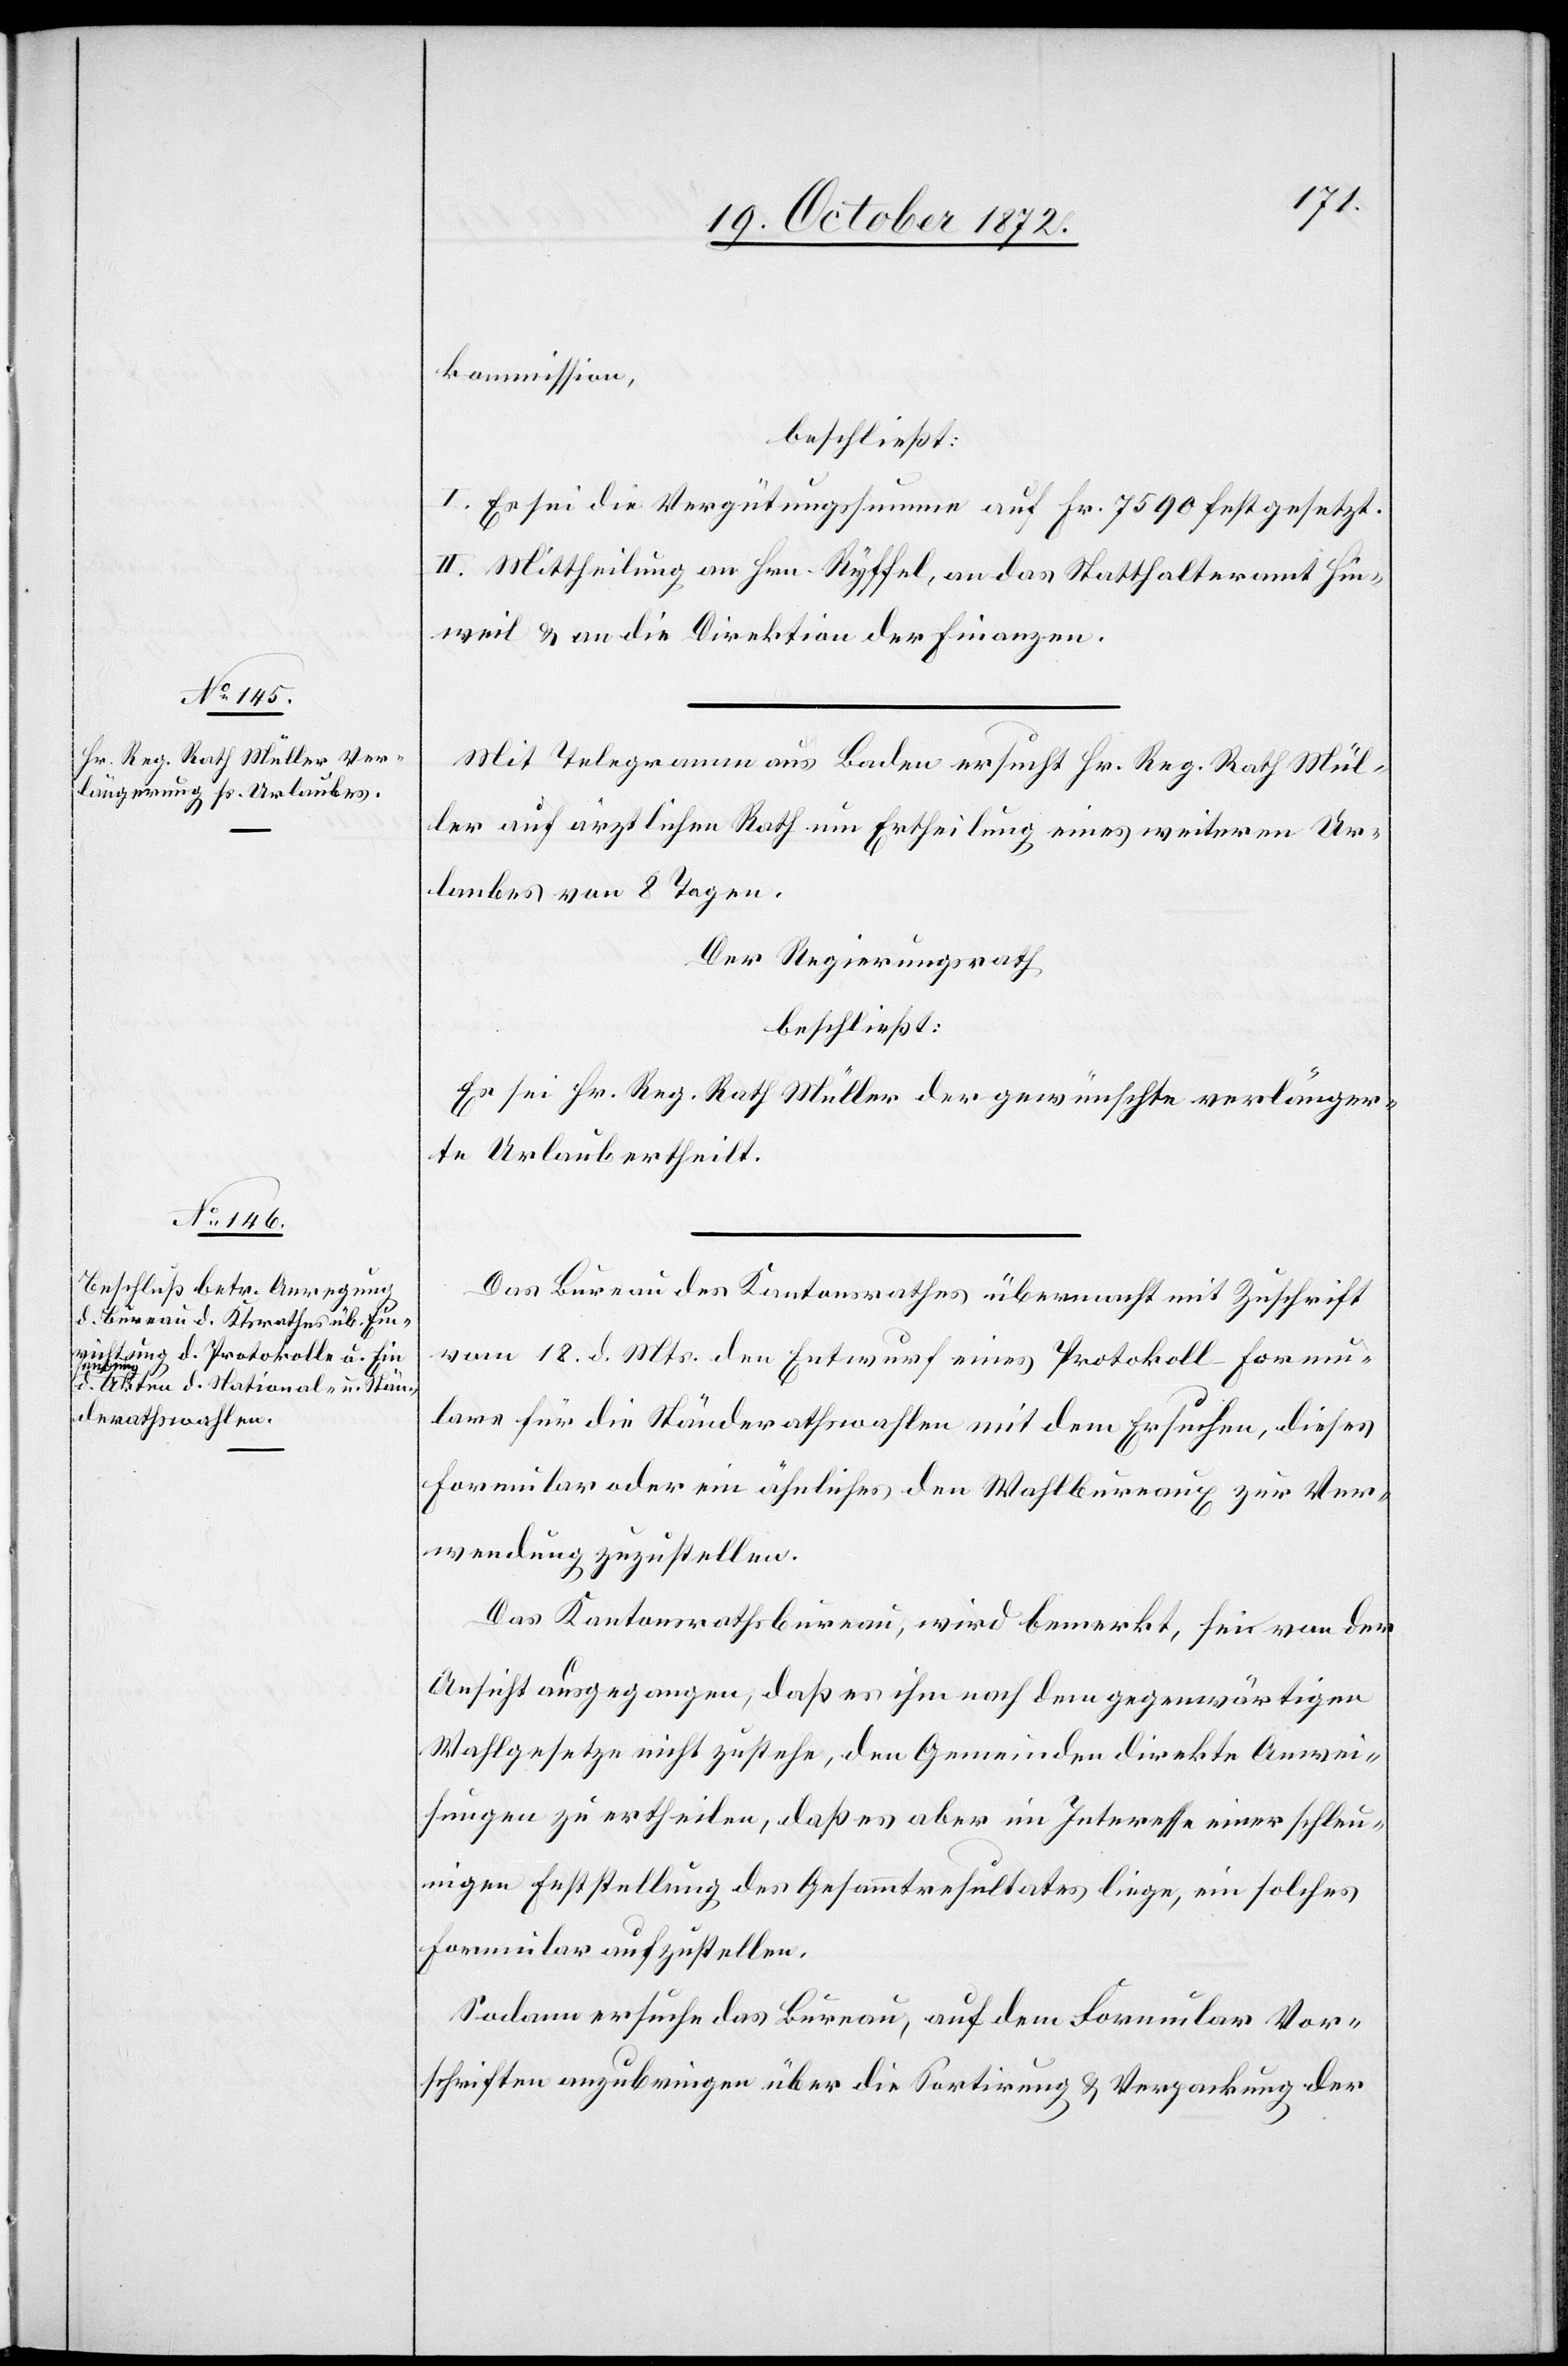
kommission.
beschließt:
I. Es sei die Vergütungssumme auf Fr. 7590 festgesetzt.
II. Mittheilung an Hrn. Ryffel, an das Statthalteramt Hin¬
weil u. an die Direktion der Finanzen.
Mit Telegramm aus Baden ersucht Hr. Reg. Rath Mül¬
ler auf ärztlichen Rath um Ertheilung eines weiteren Ur¬
laubes von 8 Tagen.
Der Regierungsrath
beschließt:
Es sei Hr. Reg. Rath Müller der gewünschte verlänger¬
te Urlaub ertheilt.
Das Bureau des Kantonsrathes übermacht mit Zuschrift
vom 18. d. Mts. den Entwurf eines Protokoll-Formu¬
lars für die Ständerathswahlen mit dem Ersuchen, dieses
Formular oder ein ähnliches den Wahlbureaux zur Ver¬
wendung zuzustellen.
Das Kantonsrathsbureau, wird bemerkt, sei von der
Ansicht ausgegangen, daß es ihm nach dem gegenwärtigen
Wahlgesetze nicht zustehe, den Gemeinden direkte Anwei¬
sungen zu ertheilen, daß es aber im Interesse einer schleu¬
nigen Feststellung des Gesammtresultates liege, ein solches
Formular aufzustellen.
Sodann ersuche das Bureau, auf dem Formular Vor¬
schriften anzubringen über die Sortirung u. Verpackung der